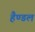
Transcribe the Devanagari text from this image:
हैण्डल